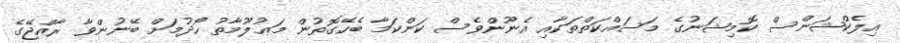
އިލެކްޝަންސް ކޮމިޝަނުގެ މަސައްކަތްތަކާއި އެނޫންވެސް ކަންކަމާ ބެހޭގޮތުން މަޢުލޫމާތު ހޯދުމަށް ބޭނުންވާ ރާއްޖޭގެ